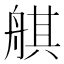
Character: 䑴